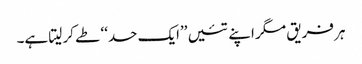
ہر فریق مگر اپنے تئیں ’’ایک حد‘‘ طے کر لیتا ہے۔